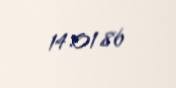
14.01.86